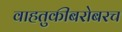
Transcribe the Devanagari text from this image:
वाहतुकीबरोबरच